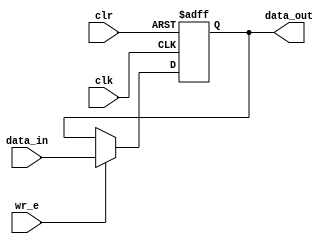
`timescale 1ns / 1ps
//////////////////////////////////////////////////////////////////////////////////
// Company: 
// Engineer: 
// 
// Design Name: 
// Module Name:    dff 
// Project Name: 
// Target Devices: 
// Tool versions: 
// Description: 
//
// Dependencies: 
//
// Revision: 
// Revision 0.01 - File Created
// Additional Comments: 
//
//////////////////////////////////////////////////////////////////////////////////
module dff(
    input data_in,
    output reg data_out,
    input wr_e,
    input clr,
    input clk
    );

always @(posedge clk, posedge clr)
begin
	if(clr)
		data_out <= 1'b0;
	else if(wr_e)
		data_out <= data_in;
end

endmodule